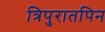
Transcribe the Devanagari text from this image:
त्रिपुरातपिन